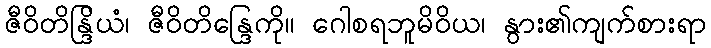
ဇီဝိတိန္ဒြိယံ၊ ဇီဝိတိန္ဒြေကို။ ဂေါစရဘူမိဝိယ၊ နွား၏ကျက်စားရာ